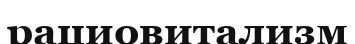
рациовитализм